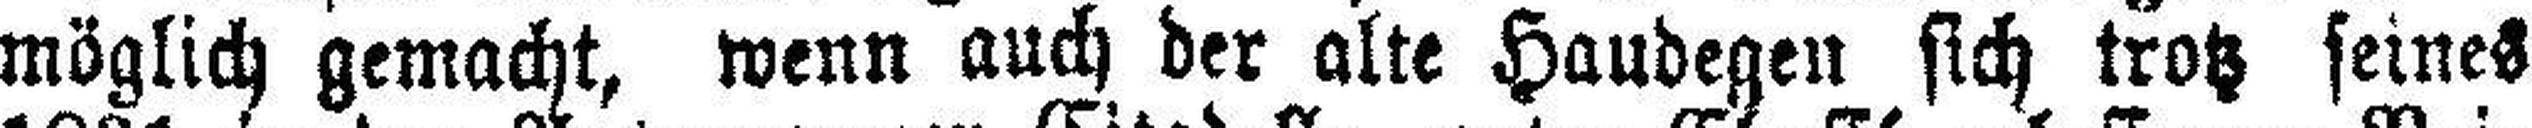
möglich gemacht, wenn auch der alte Haudegen sich trotz seines